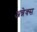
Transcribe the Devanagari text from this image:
अन्नेक्स